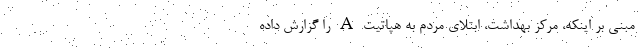
مبنی بر اینکه، مرکز بهداشت، ابتلای مردم به هپاتیت A را گزارش داده